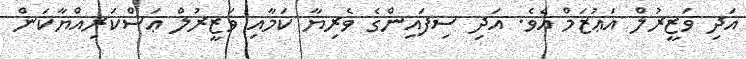
އަދި ވަޒީރުލް އަޢުޒަމް އެވެ. އަދި ސިފައިންގެ ވެރިޔާ ކަމާއި ވަޒީރުލް ޢަސްކަރިއްޔާކަން